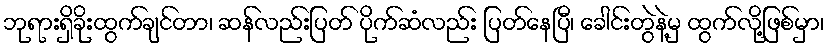
ဘုရားရှိခိုးထွက်ချင်တာ၊ ဆန်လည်းပြတ် ပိုက်ဆံလည်း ပြတ်နေပြီ၊ ခေါင်းတွဲနဲ့မှ ထွက်လို့ဖြစ်မှာ၊